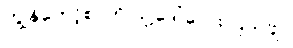
ကျွန်တော့်စာကို သူ့ဒေါ်လေး ပြသဗျ။